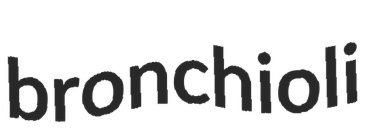
bronchioli